Leaving Certificate Examination, 1914
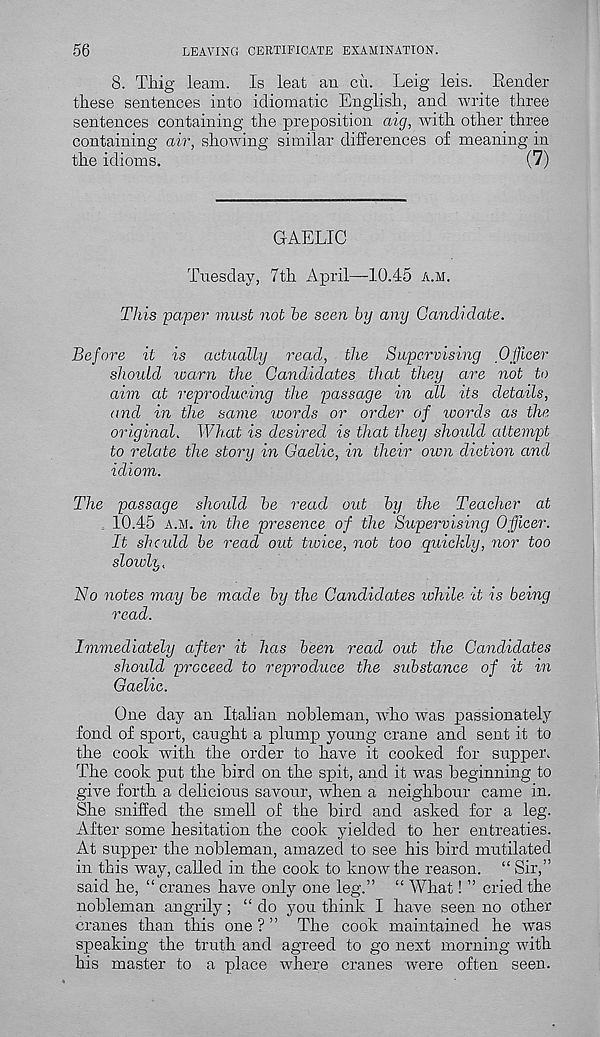
56
LEAVING CERTIFICATE EXAMINATION.
8. Tliig leam. Is leat an cu. Leig leis. Render
these sentences into idiomatic English, and write three
sentences containing the preposition aig, with other three
containing air, showing similar differences of meaning in
the idioms.
(7)
GAELIC
Tuesday, 7th April—10.45 a.h.
This -paper must not he seen by any Candidate.
Before it is actually read, the Supervising Officer
should warn the Candidates that they are not to
aim at reproducing the passage in all its details,
and in the same words or order of words as the.
original. What is desired is that they should attempt
to relate the story in Gaelic, in their own diction and
idiom.
The passage should he read out hy the Teacher at
10.45 a.m. in the presence of the Supervising Officer.
It should he read out twice, not too quickly, nor too
slowly.
No notes may he made hy the Candidates while it is being
read.
Immediately after it has been read out the Candidates
should proceed to reproduce the substance of it in
Gaelic.
One day an Italian nobleman, who was passionately
fond of sport, caught a plump young crane and sent it to
the cook with the order to have it cooked for supper.
The cook put the bird on the spit, and it was beginning to
give forth a delicious savour, when a neighbour came in.
She sniffed the smell of the bird and asked for a leg.
After some hesitation the cook yielded to her entreaties.
At supper the nobleman, amazed to see his bird mutilated
in this way, called in the cook to know the reason. “ Sir,”
said he, “ cranes have only one leg.” “ What! ” cried the
nobleman angrily; “ do you think I have seen no other
cranes than this one ? ” The cook maintained he was
speaking the truth and agreed to go next morning with
his master to a place where cranes were often seen.